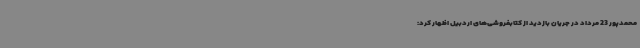
محمدپور 23 مرداد در جریان بازدید از کتابفروشی‌های اردبیل اظهار کرد: